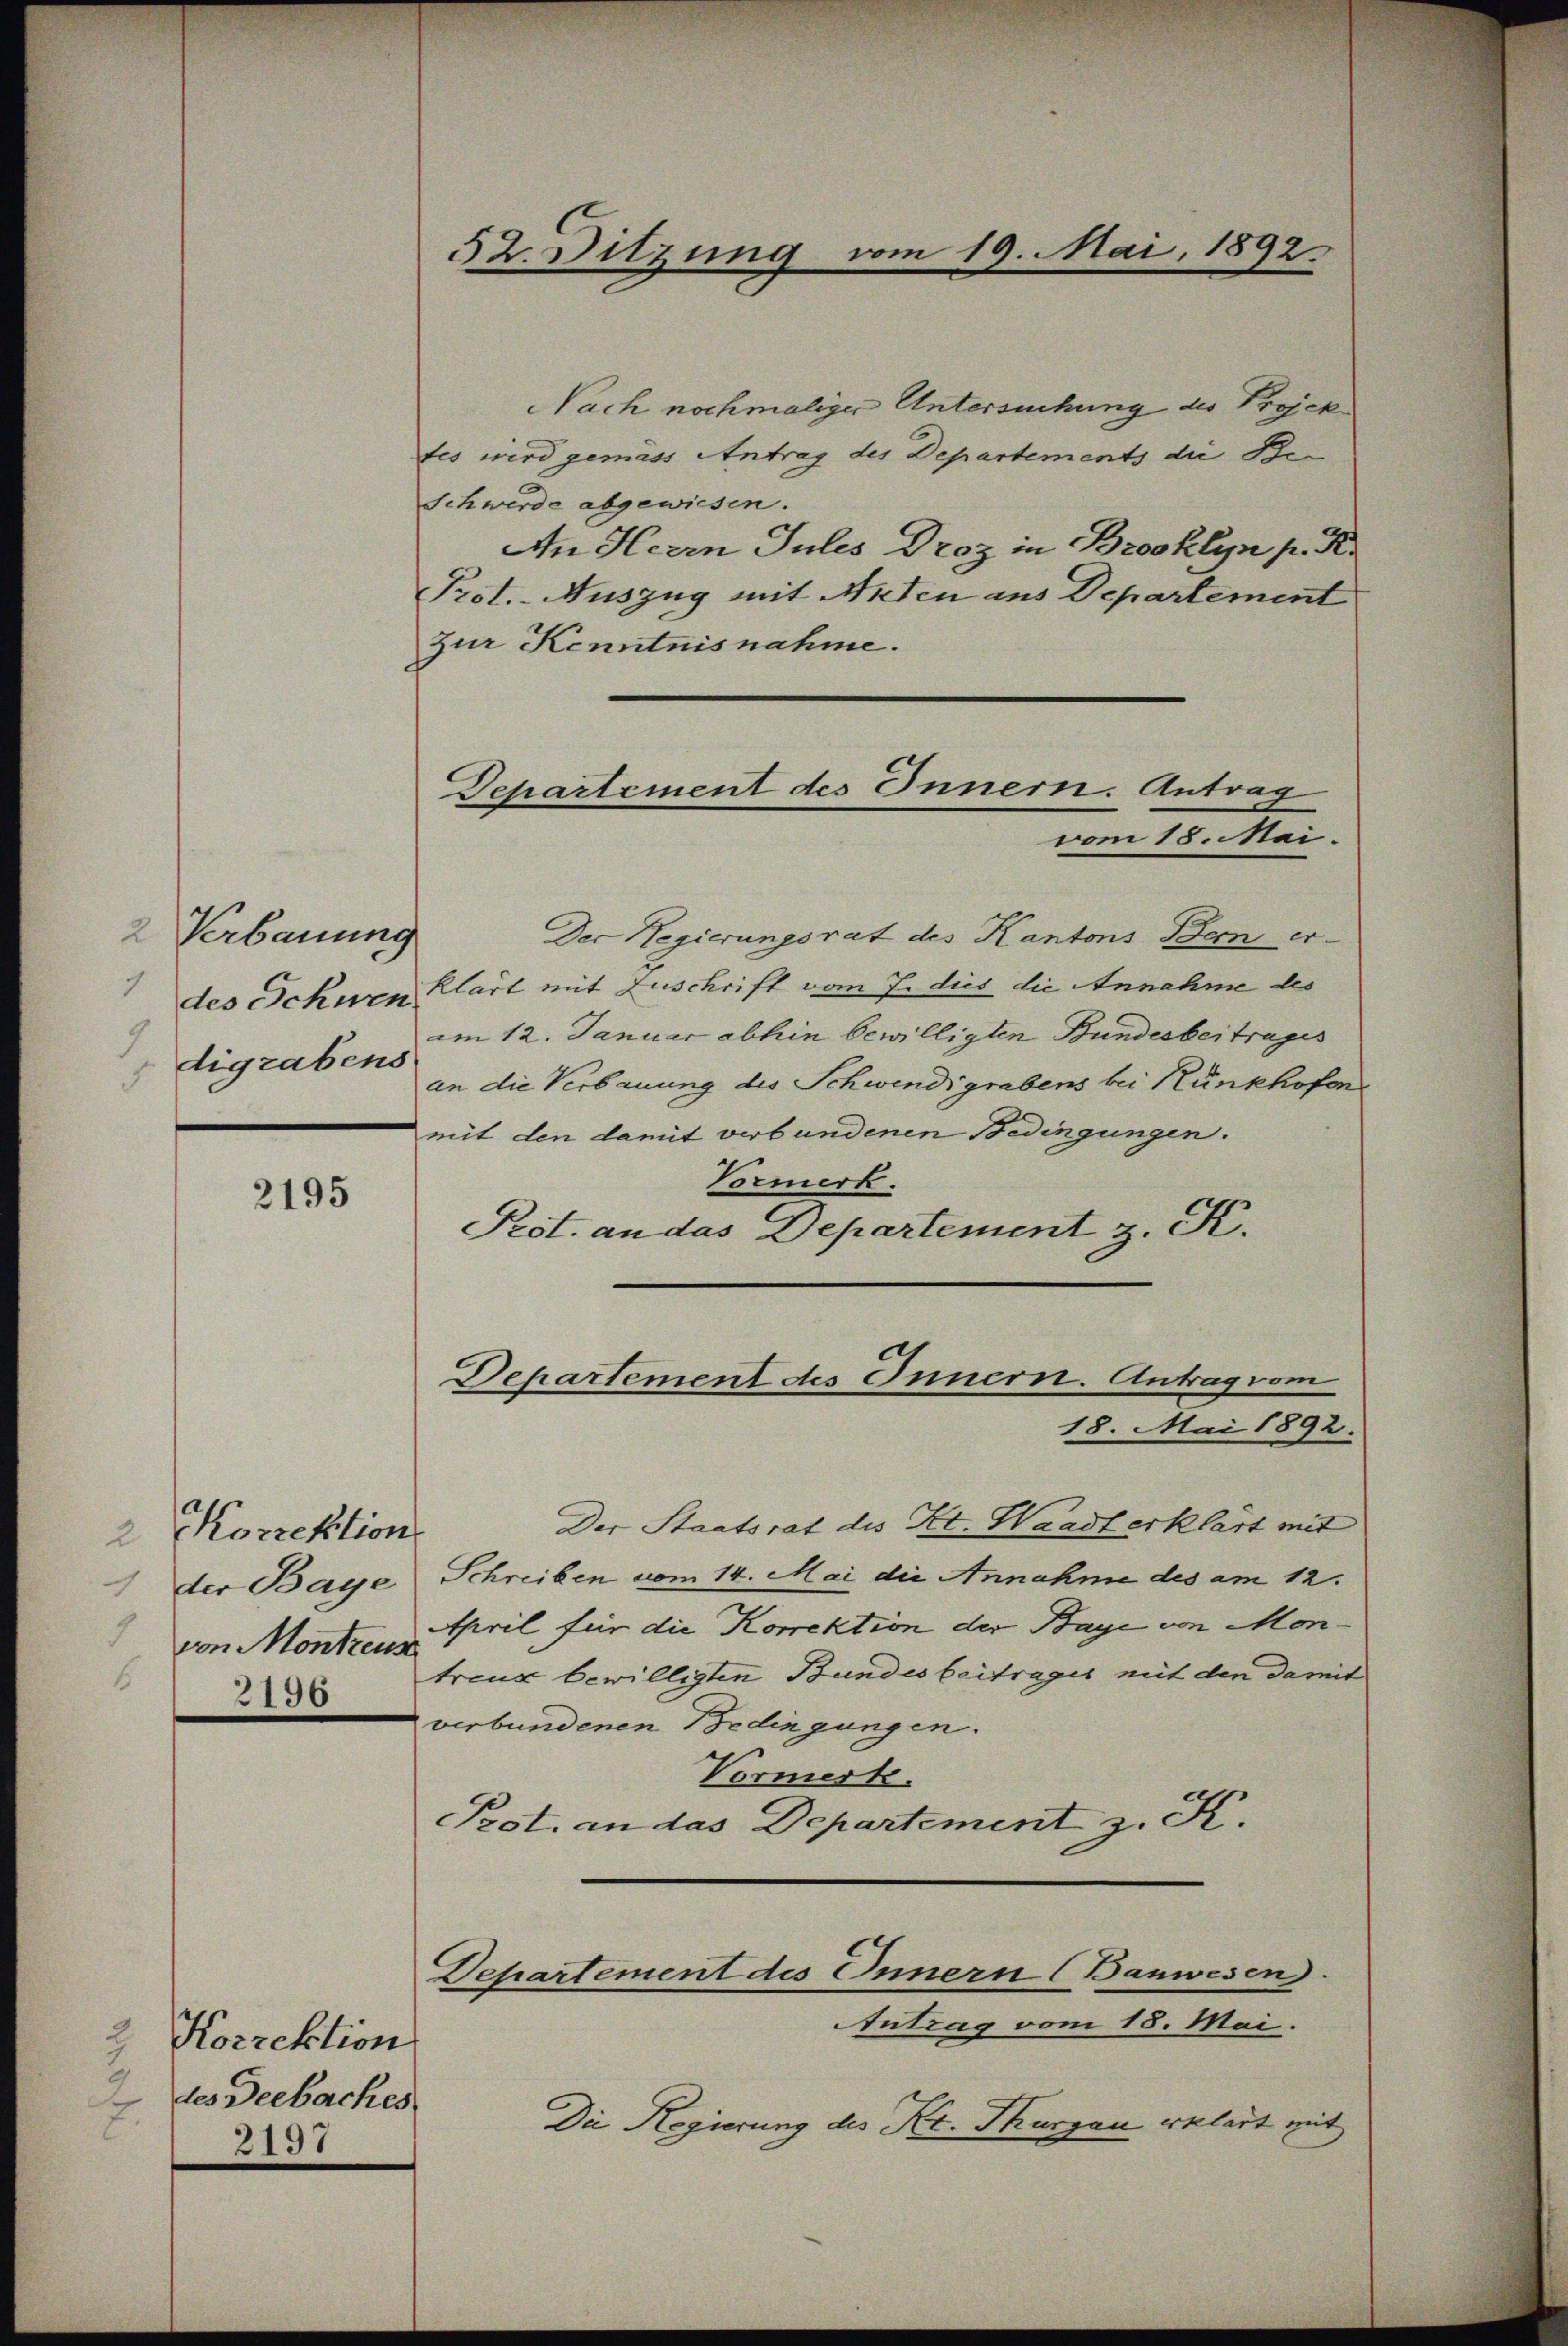
2 Verbauung
J
des Schwen
9
digrabens

2195

2 Korrektion
1 der Baye
von Montreus
2196

Nach nochmaliger Untersuchung des Projek
tes wird gemäss Antrag des Departements die Be
Schwerde abgewiesen.
An Herrn Jules Droz in Brooklyn p. R.
Prot. - Auszug mit Arten aus Departement
zur Kenntnisnahme.
Der Regierungsrat des Kantons Bern erklärt mit Zuschrift vom 7. dies die Annahme des
im 12. Januar abhin bewilligten Bundesbeitrages
an die Verbauung des Schwendigrabens bei Kunkhofens
mit den damit verbundenen Bedingungen.
Vormerk.
Prot. an das Departement z. K.
18. Mai 1892.
Der Staatsrat des Kt. Waadt erklärt mit
Schreiben vom 14. Mai die Annahme des am 12.
April für die Korrektion der Baye von Montreue bewilligten Bundes beitrages mit den damit
verbundenen Bedingungen.
Vormerk.
Prot. an das Departement z. K.

2 Korrektion
2 des Geebaches
2197

52. Sitzung vom 19. Mai. 1892.

Departement des Innern. Antrag
vom 18. Mai.

Departement des Innern. Antrag vom

Departement des Innern (Banwesen.

Antrag vom 18. Mai.
Die Regierung des Kt. Thurgau erklärt mit